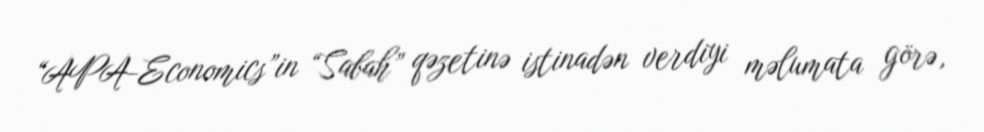
“APA-Economics”in “Sabah” qəzetinə istinadən verdiyi məlumata görə,